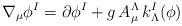
\begin{align*}\nabla_\mu \phi^I = \partial \phi^I + g \,A^\Lambda_\mu \, k^I_\Lambda (\phi)\end{align*}